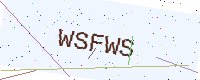
Text: WSFWS